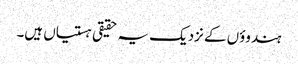
ہندوؤں کے نزدیک یہ حقیقی ہستیاں ہیں۔